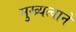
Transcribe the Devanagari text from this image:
मुख्यत्वाने